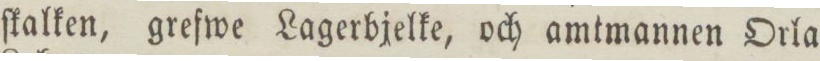
ſkalken, grefwe Lagerbjelke, och amtmannen Orla